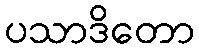
ပသာဒိတော